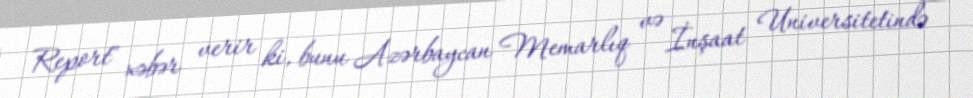
Report" xəbər verir ki, bunu Azərbaycan Memarlıq və İnşaat Universitetində